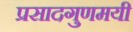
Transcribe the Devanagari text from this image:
प्रसादगुणमयी